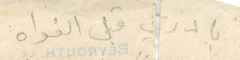
بادري قبل الفواه